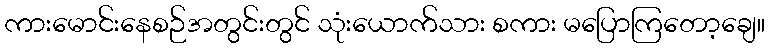
ကားမောင်းနေစဉ်အတွင်းတွင် သုံးယောက်သား စကား မပြောကြတော့ချေ။